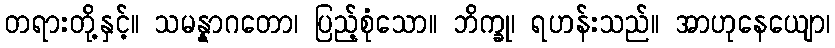
တရားတို့နှင့်။ သမန္နာဂတော၊ ပြည့်စုံသော။ ဘိက္ခု၊ ရဟန်းသည်။ အာဟုနေယျော၊